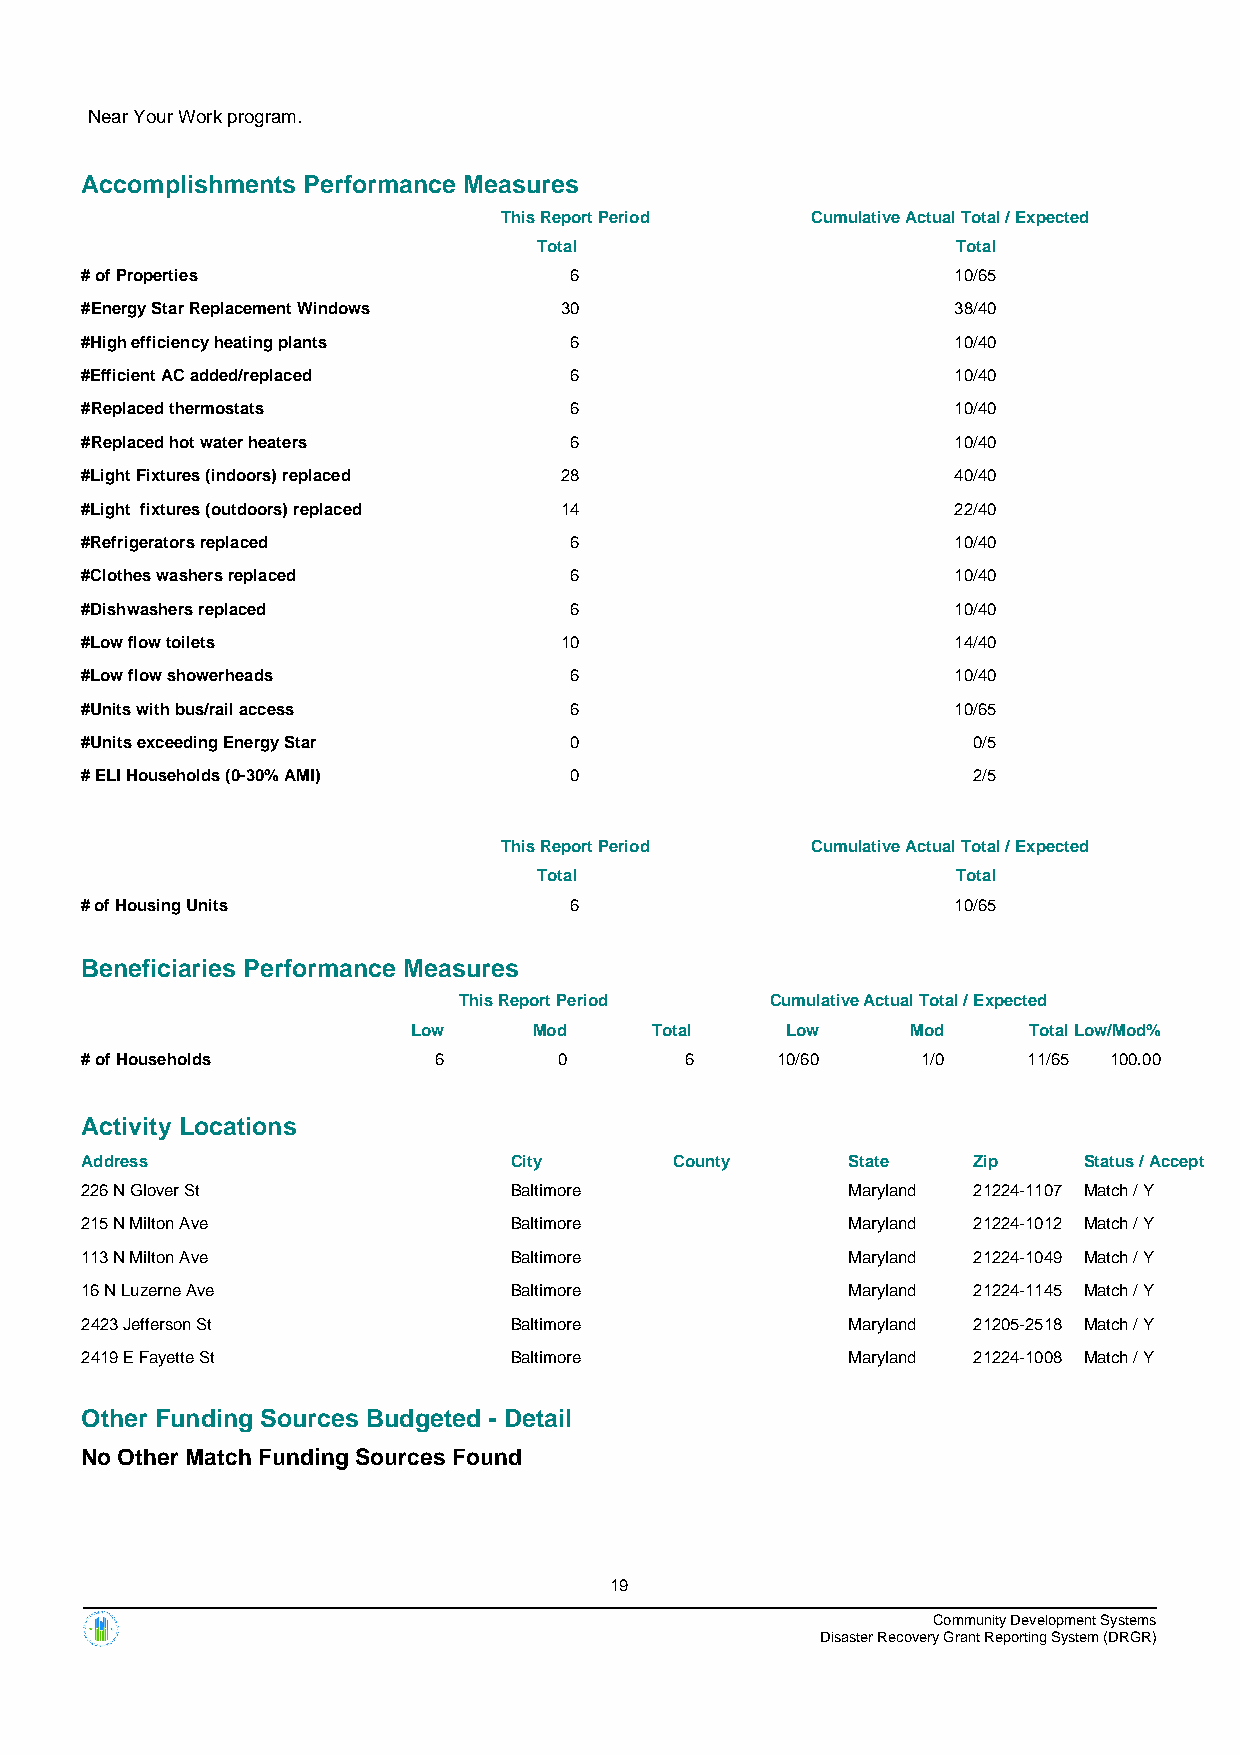
Near Your Work program.
 Accomplishments Performance Measures
 This Report Period   Cumulative Actual Total / Expected
 Total                      Total
 # of Properties                  6                        10/65
 #Energy Star Replacement Windows 30                       38/40
 #High efficiency heating plants  6                        10/40
 #Efficient AC added/replaced     6                        10/40
 #Replaced thermostats            6                        10/40
 #Replaced hot water heaters      6                        10/40
 #Light Fixtures (indoors) replaced 28                     40/40
 #Light fixtures (outdoors) replaced 14                    22/40
 #Refrigerators replaced          6                        10/40
 #Clothes washers replaced        6                        10/40
 #Dishwashers replaced            6                        10/40
 #Low flow toilets               10                        14/40
 #Low flow showerheads            6                        10/40
 #Units with bus/rail access      6                        10/65
 #Units exceeding Energy Star     0                         0/5
 # ELI Households (0-30% AMI)     0                         2/5
 This Report Period   Cumulative Actual Total / Expected
 Total                      Total
 # of Housing Units               6                        10/65
 Beneficiaries Performance Measures
 This Report Period   Cumulative Actual Total / Expected
 Low     Mod     Total    Low     Mod     TotalLow/Mod%
 # of Households         6       0       6     10/60     1/0    11/65 100.00
 Activity Locations
 Address                      City       County     State   Zip     Status / Accept
 226 N Glover St              Baltimore             Maryland 21224-1107 Match / Y
 215 N Milton Ave             Baltimore             Maryland 21224-1012 Match / Y
 113 N Milton Ave             Baltimore             Maryland 21224-1049 Match / Y
 16 N Luzerne Ave             Baltimore             Maryland 21224-1145 Match / Y
 2423 Jefferson St            Baltimore             Maryland 21205-2518 Match / Y
 2419 E Fayette St            Baltimore             Maryland 21224-1008 Match / Y
 Other Funding Sources Budgeted - Detail
 No Other Match Funding Sources Found
 19
 Community Development Systems
 Disaster Recovery Grant Reporting System (DRGR)